Annual administration report of the Civil Veterinary Department of India - 1898-1899
Year: 1898
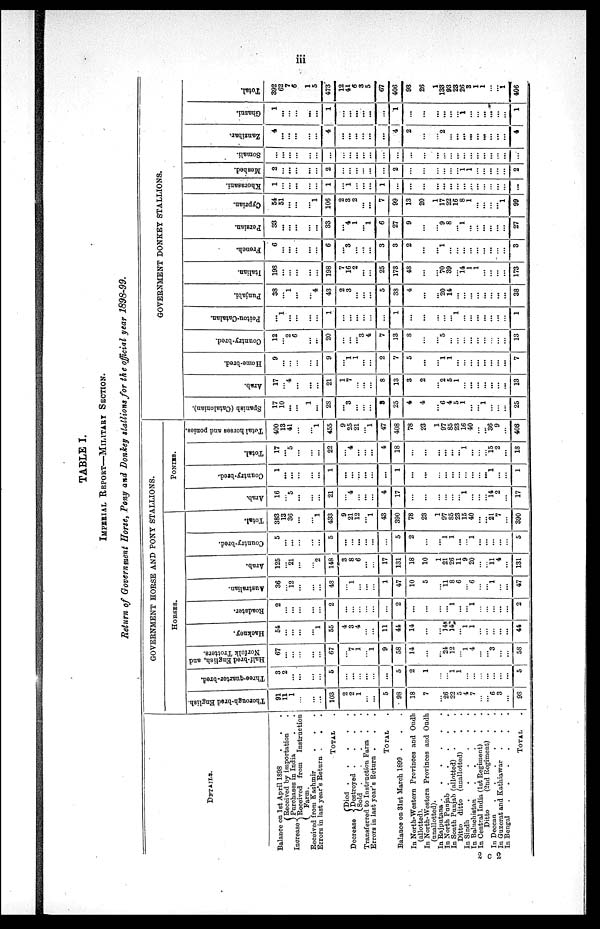
iii
TABLE I.
IMPERIAL REPORT—MILITARY SECTION.
Return of Government Horse, Pony and Donkey stallions for the official year 1898-99.
DETAILS.
Balance on 1st April 1898
Increase
Received by importation . . .
Purchases in India . .
Received
from
instruction
Farm.
Received from Kashmir . . .
Errors in last year's Return .
. .
TOTAL .
Decrease
Died . . . . .
Destroyed . . . .
Sold
.
.
.
.
Transferred to Instruction Farm . .
Errors in last year's Return . . .
TOTAL .
Balance on 31st March 1899 . . .
In North-Western Provinces and Oudh
(allotted).
In North-Western Provinces and Oudh
(unallotted).
In Rajputana . . . . . . . .
In North Punjab . . . . . . . .
In South Punjab (allotted) . . .
Ditto ditto (unallotted) . .
In Sindh . . . . . . . .
In Baluchistan . . . . . . . .
In Central India (1st Regiment) . .
Ditto
(2nd Regiment) . .
In Deccan . . . . . . . .
In Guzerat and Kathiawar . . .
In Bengal . . . . . . . .
TOTAL .
GOVERNMENT HORSE AND PONY STALLIONS.
HORSES.
Thorough-bred English.
91
11
1
...
...
...
103
2
2
1
...
...
5
98
18
7
... 26
22
5
4
7
...
... 6
3
...
98
Three-quarter-bred.
3
2
... ...
...
...
5
...
...
...
...
...
...
5
2
1
...
... 1
1
...
...
...
...
...
...
...
5
Half-bred English, and
Norfolk Trotters.
67
...
...
...
...
...
67
...
7
1
... 1
9
58
14
...
... 24
12
... 1
4
...
... 3
...
...
58
Hackney.
54
...
... ...
... 1
55
4
3
4
...
...
11
44
14
...
... 14
14
... 1
1
...
...
... ...
...
44
Roadster.
2
...
... ...
...
...
2
...
...
...
...
...
...
2
...
...
...
... 1
...
1
...
...
... ...
...
2
Australian.
36
... 12
...
...
...
48
...
1
...
...
...
1
47
10
5
... 11
8
6
... 6
...
... 1
...
...
47
Arab.
125
... 21
...
... 2
148
3
8
6
...
...
17
131
18
10
1
21
26
11
9
20
...
... 11
4
...
131
Country-bred.
5
...
...
...
...
...
5
...
...
...
...
...
...
5
2
...
... 1
1
...
... 1
...
... ...
...
...
5
Total.
383
13
36
...
... 1
433
9
21
12
... 1
43
390
78
23
1
97
85
23
15
40
...
... 21
7
...
390
PONIES.
Arab.
16
5
...
...
21
...
4
...
...
...
4
17
...
...
...
...
... 1
...
...
14
2
...
17
Country-bred.
1
...
...
...
... ...
1
...
...
...
...
...
...
1
...
...
... ...
...
...
...
...
...
...
1
...
...
1
Total.
17
... 5
...
...
22
...
4
...
...
...
4
18
...
...
...
...
...
... 1
...
...
... 15
2
...
18
Total horses and ponies.
400
13
41
...
... 1
455
9
25
21
... 1
47
408
78
23
1
97
85
23
16
40
...
... 36
9
...
408
GOVERNMENT DONKEY STALLIONS.
Spanish (Catalonian).
17
10
...
...
1
...
28
...
3
...
...
...
3
25
4
4
... 6
4
5
1
...
... 1
...
...
...
25
Arab.
17
... 4
...
...
...
21
1
7
...
...
...
8
13
3
2
... 2
5
1
...
...
...
...
...
...
...
13
Home-bred.
9
...
...
...
...
9
...
1
1
...
...
2
7
5
...
... 1
1
...
...
...
...
...
...
...
...
7
Country-bred.
12
... 2
6
...
...
20
...
...
... 3
4
7
13
8
...
... 5
...
...
...
...
...
...
...
...
...
13
Poitou-Catalan.
...
1
...
...
...
...
1
...
...
...
...
...
1
...
...
...
...
... 1
...
...
...
...
...
...
...
1
Punjabi.
38
... 1
...
... 4
43
2
3
...
...
...
5
38
4
...
... 20
14
...
...
...
...
...
...
...
...
38
Italian.
198
...
...
...
...
...
198
7
16
2
...
25
173
43
...
... 70
39
... 14
1
1
...
...
...
...
173
French.
6
...
...
...
...
...
6
...
3
...
...
...
3
3
2
...
... 1
...
...
...
...
...
...
...
...
...
3
Persian.
33
...
...
...
...
...
33
...
4
1
... 1
6
27
9
...
... 9
8
... 1
...
...
...
...
...
...
27
Cyprian.
54
51
...
...
... 1
106
2
3
2
...
...
7
99
13
20
1
17
22
16
8
1
...
...
...
... 1
99
Khorasani.
1
...
...
...
...
...
1
...
1
...
...
...
1
...
...
...
...
...
...
...
...
...
...
...
...
...
...
...
Meshed.
2
...
...
...
...
2
...
...
...
...
...
...
2
...
...
...
...
...
... 1
1
...
...
...
...
...
2
Somali.
...
...
...
...
...
...
...
...
...
...
...
...
...
...
...
...
...
...
...
...
...
...
...
...
...
...
...
Zanzibar.
4
...
...
...
...
...
4
...
...
...
...
...
...
4
2
...
... 2
...
...
...
...
...
...
...
...
...
4
Ghazni.
1
...
...
...
...
...
1
...
...
...
...
...
...
1
...
...
...
...
...
1
...
...
...
...
...
...
1
Total.
392
62
7
6
1
5
473
12
41
6
3
5
67
406
98
26
1
133
93
23
26
3
1
1
... ... 1
406
202